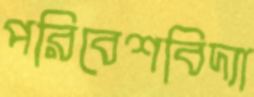
পরিবেশবিদ্যা